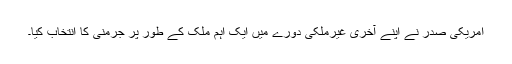
امریکی صدر نے اپنے آخری غیرملکی دورے میں ایک اہم ملک کے طور پر جرمنی کا انتخاب کیا۔